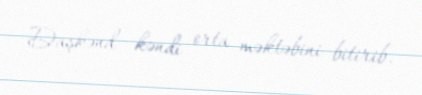
Daşkənd kəndi orta məktəbini bitirib.